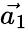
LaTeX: \vec{a_{1}}